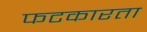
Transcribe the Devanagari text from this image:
फटकारता